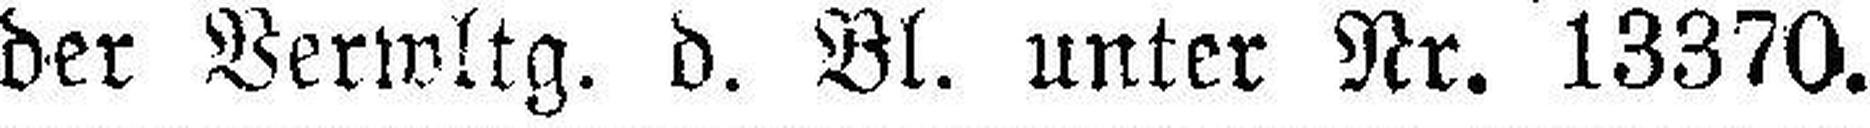
der Verwltg. d. Bl. unter Nr. 13370.